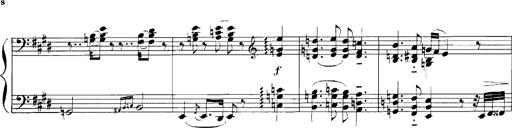
Title: Rhapsodies hongroises
Composer: Franz Liszt